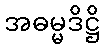
အဓမ္မဒိဋ္ဌိ